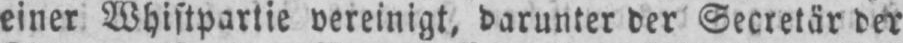
einer Whistpartie vereinigt, darunter der Secretär der